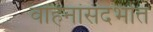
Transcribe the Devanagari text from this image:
वाहनांसंदर्भात